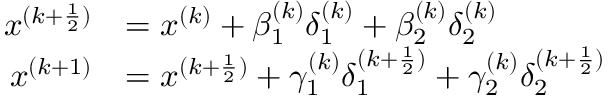
\begin{array} { r l } { { x ^ { ( k + \frac { 1 } { 2 } ) } } } & { = { x ^ { ( k ) } } + { \beta _ { 1 } ^ { ( k ) } } { \delta _ { 1 } ^ { ( k ) } } + { \beta _ { 2 } ^ { ( k ) } } { \delta _ { 2 } ^ { ( k ) } } } \\ { { x ^ { ( k + 1 ) } } } & { = { x ^ { ( k + \frac { 1 } { 2 } ) } } + { \gamma _ { 1 } ^ { ( k ) } } { \delta _ { 1 } ^ { ( k + \frac { 1 } { 2 } ) } } + { \gamma _ { 2 } ^ { ( k ) } } { \delta _ { 2 } ^ { ( k + \frac { 1 } { 2 } ) } } } \end{array}